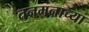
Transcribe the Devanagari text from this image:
तनमनाच्या